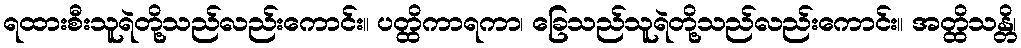
ရထားစီးသူရဲတို့သည်လည်းကောင်း။ ပတ္ထိကာရကာ၊ ခြေသည်သူရဲတို့သည်လည်းကောင်း။ အတ္ထိသန္တိ၊